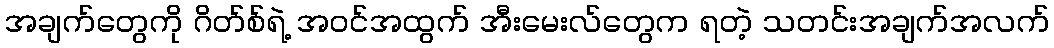
အချက်တွေကို ဂိတ်စ်ရဲ့ အဝင်အထွက် အီးမေးလ်တွေက ရတဲ့ သတင်းအချက်အလက်